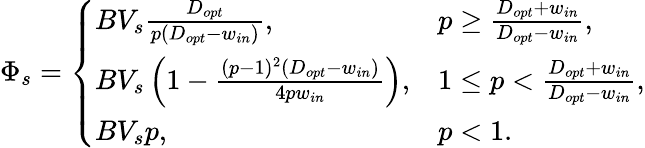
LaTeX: \Phi_{s}=\left\{ \begin{array}{ll}{BV_{s}\frac{D_{opt}}{p(D_{opt}-w_{in})},}&{p\ge\frac{D_{opt}+w_{in}}{D_{opt}-w_{in}},}\\ {BV_{s}\left(1-\frac{(p-1)^{2}(D_{opt}-w_{in})}{4pw_{in}}\right),}&{1\le p<\frac{D_{opt}+w_{in}}{D_{opt}-w_{in}},}\\ {BV_{s}p,}&{p<1.}\end{array}\right.